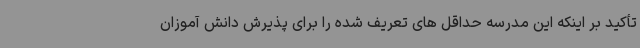
تأکید بر اینکه این مدرسه حداقل های تعریف شده را برای پذیرش دانش آموزان